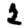
Digit: 2